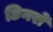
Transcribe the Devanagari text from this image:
छिनरो